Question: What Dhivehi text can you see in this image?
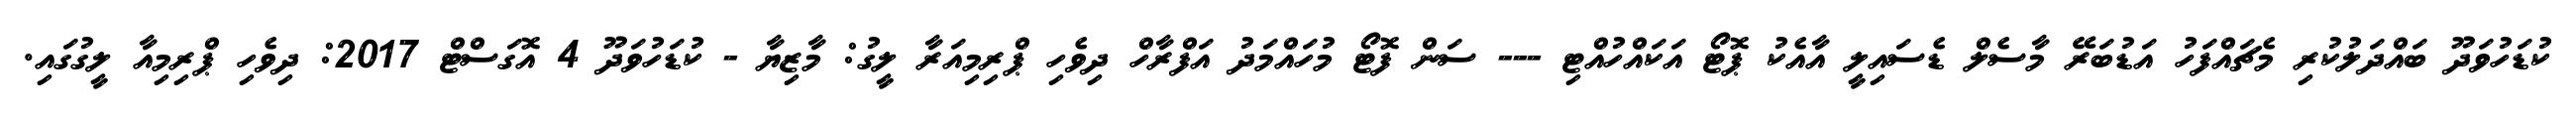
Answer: ކުޑަހުވަދޫ ބައްދަލުކުރި މެޗައްފަހު އަޑުބަރޭ މާސެލް ޑެސައިލީ އާއެކު ޕޮޓޯ އަކައްހުއްޓި --- ސަން ފޮޓޯ މުހައްމަދު އަފްރާހް ދިވެހި ޕްރިމިއަރާ ލީގު: މާޒިޔާ - ކުޑަހުވަދޫ 4 އޮގަސްޓް 2017: ދިވެހި ޕްރިމިއާ ލީގުގައި.